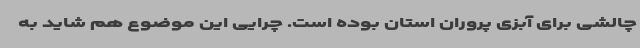
چالشی برای آبزی پروران استان بوده است. چرایی این موضوع هم شاید به